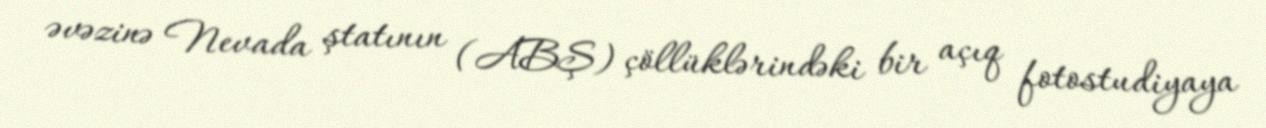
əvəzinə Nevada ştatının (ABŞ) çöllüklərindəki bir açıq fotostudiyaya